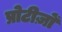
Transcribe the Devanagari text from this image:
प्रोटीज़ों